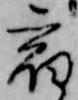
宿